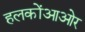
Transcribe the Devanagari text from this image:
हलकोंआओर